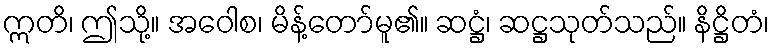
ဣတိ၊ ဤသို့။ အဝေါစ၊ မိန့်တော်မူ၏။ ဆဋ္ဌံ၊ ဆဋ္ဌသုတ်သည်။ နိဋ္ဌိတံ၊